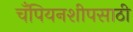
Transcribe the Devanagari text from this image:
चँपियनशीपसाठी